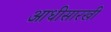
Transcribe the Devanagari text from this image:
आधीसारखी